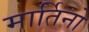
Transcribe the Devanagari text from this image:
मार्तिनो